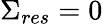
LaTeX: \Sigma_{res}=0